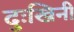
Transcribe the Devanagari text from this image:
दुःखिनी